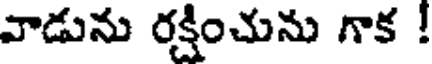
వాడును రక్షించును గాక !